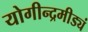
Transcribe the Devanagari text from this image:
योगीन्द्रमीड्यं